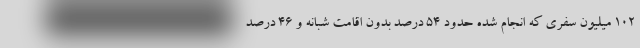
۱۰۲ میلیون سفری که انجام شده حدود ۵۴ درصد بدون اقامت شبانه و ۴۶ درصد